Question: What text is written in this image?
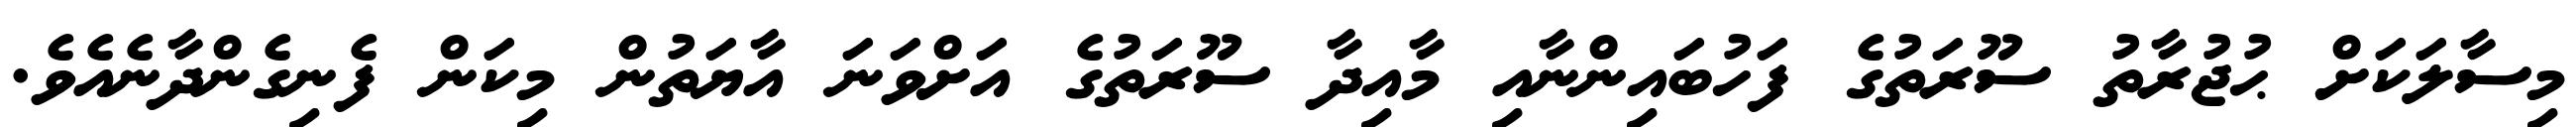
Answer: މިސާލަކަށް ޙުޖުރާތު ސޫރަތުގެ ފަހުބައިންނާއި މާއިދާ ސޫރަތުގެ އަށްވަނަ އާޔަތުން މިކަން ފެނިގެންދާނެއެވެ.